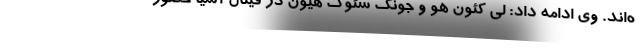
ه‌اند. وی ادامه داد: لی کئون هو و جونگ سئوگ هیون در فینال آسیا حضور